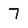
Character: 7